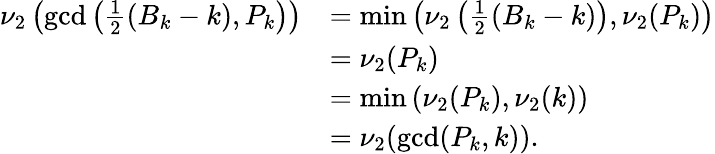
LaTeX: \begin{array}{rl}{\nu_{2}\left(\operatorname*{gcd}\left(\frac{1}{2}(B_{k}-k),P_{k}\right)\right)}&{=\operatorname*{min}\left(\nu_{2}\left(\frac{1}{2}(B_{k}-k)\right),\nu_{2}(P_{k})\right)}\\ &{=\nu_{2}(P_{k})}\\ &{=\operatorname*{min}\left(\nu_{2}(P_{k}),\nu_{2}(k)\right)}\\ &{=\nu_{2}(\operatorname*{gcd}(P_{k},k)).}\end{array}